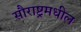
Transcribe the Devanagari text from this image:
सौराष्ट्रमधील